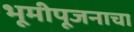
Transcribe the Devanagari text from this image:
भूमीपूजनाचा